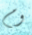
وم